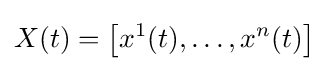
X(t)=\left[x^{1}(t),\ldots ,x^{n}(t)\right]